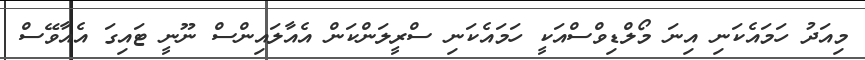
މިއަދު ހަމައެކަނި އިނަ މޯލްޑިވްސްއަކީ ހަމައެކަނި ސްރީލަންކަން އެއާލައިންސް ނޫނީ ޓައިގަ އެއާވޭސް